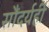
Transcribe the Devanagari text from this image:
सौंदर्यही